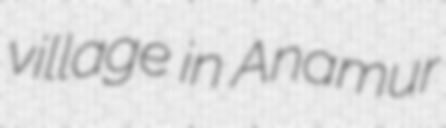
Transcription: village in Anamur